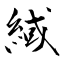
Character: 緎